Annual report on the Civil Veterinary Department, Burma (including the Insein Veterinary School) - 1932-1941
Year: 1932
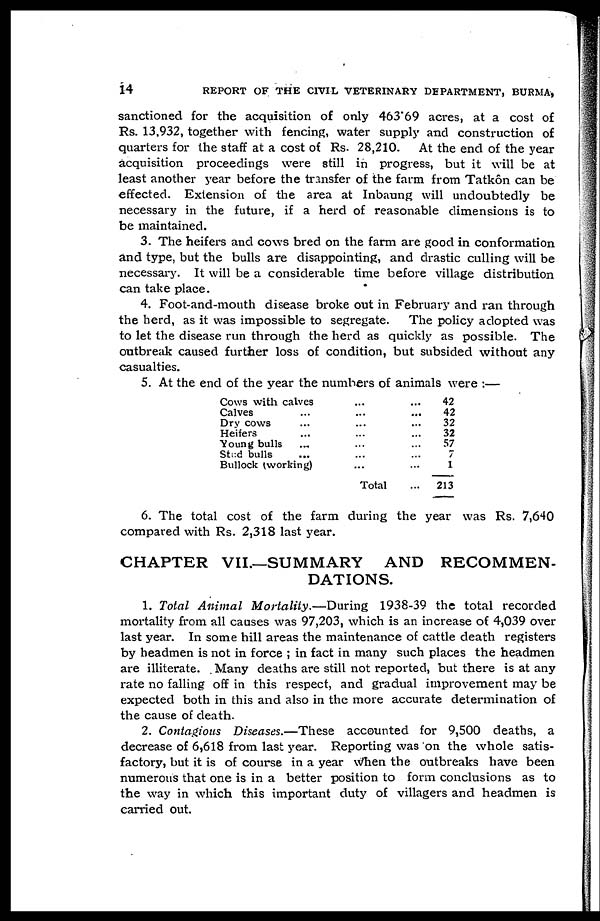
14
REPORT OF THE CIVIL VETERINARY DEPARTMENT, BURMA,
sanctioned for the acquisition of only 463 69 acres, at a cost of
Rs. 13,932, together with fencing, water supply and construction of
quarters for the staff at a cost of Rs. 28,210. At the end of the year
acquisition proceedings were still in progress, but it will be at
least another year before the transfer of the farm from Tatkôn can be
effected. Extension of the area at Inbaung will undoubtedly be
necessary in the future, if a herd of reasonable dimensions is to
be maintained.
3. The heifers and cows bred on the farm are good in conformation
and type, but the bulls are disappointing, and drastic culling will be
necessary. It will be a considerable time before village distribution
can take place.
4. Foot-and-mouth disease broke out in February and ran through
the herd, as it was impossible to segregate. The policy adopted was
to let the disease run through the herd as quickly as possible. The
outbreak caused further loss of condition, but subsided without any
casualties.
5. At the end of the year the numbers of animals were :—
Cows with calves ... ...
Calves ... ... ...
Dry cows ... ... ...
Heifers ... ... ...
Young bulls ... ... ...
Stt:d bulls ... ... ...
Bullock (working) ... ...
Total ...
42
42
32
32
57
7
1
213
6. The total cost of the farm during the year was Rs. 7,640
compared with Rs. 2,318 last year.
CHAPTER VII.—SUMMARY
AND RECOMMEN-
DATIONS.
1. Total Animal Mortality.—During
1938-39 the total recorded
mortality from all causes was 97,203, which is an increase of 4,039 over
last year. In some hill areas the maintenance of cattle death registers
by headmen is not in force ; in fact in many such places the headmen
are illiterate. Many deaths are still not reported, but there is at any
rate no falling off in this respect, and gradual improvement may be
expected both in this and also in the more accurate determination of
the cause of death.
2. Contagious Diseases.—These accounted for 9,500 deaths, a
decrease of 6,618 from last year. Reporting was on the whole satis-
factory, but it is of course in a year when the outbreaks have been
numerous that one is in a better position to form conclusions as to
the way in which this important duty of villagers and headmen is
carried out.